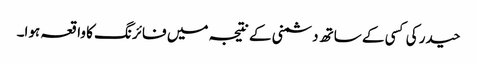
حیدر کی کسی کے ساتھ دشمنی کے نتیجہ میں فائرنگ کا واقعہ ہوا۔